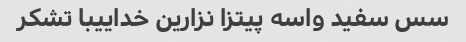
سس سفید واسه پیتزا نزارین خداییبا تشکر